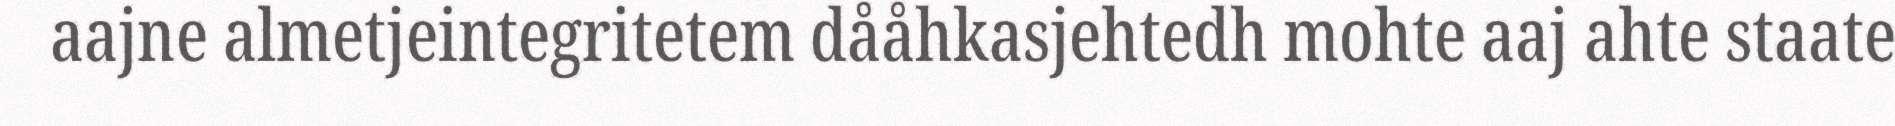
aajne almetjeintegritetem dååhkasjehtedh mohte aaj ahte staate